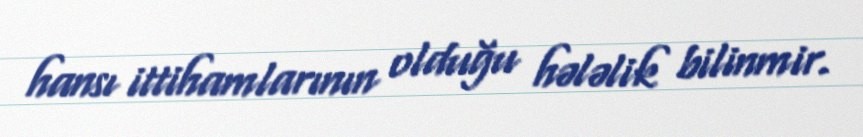
hansı ittihamlarının olduğu hələlik bilinmir.